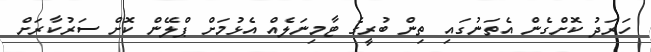
ހަރަދު ކޮށްގެން އެތަނުގައި ތިން ބުރީގެ ޓާމިނަލެއް އެޅުމަށް ޕްލޭން ކޮށް ސަރުކާރަށް